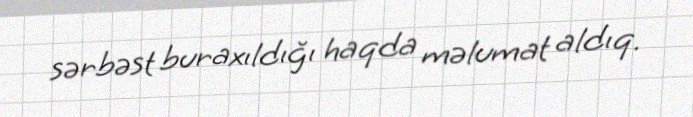
sərbəst buraxıldığı haqda məlumat aldıq.